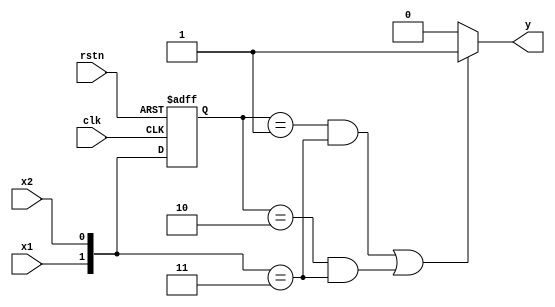
//-----------------------------------------------------------------------------
//
// Title       : FSM
// Design      : lab2
// Company     : catholic university
//
//-----------------------------------------------------------------------------
//
// Generated   : Mon Jun  6 16:58:43 2022
// From        : interface description file
// By          : Itf2Vhdl ver. 1.22
//
//-----------------------------------------------------------------------------
//
// Description : 
//
//-----------------------------------------------------------------------------
`timescale 1 ns / 1 ps

//{{ Section below this comment is automatically maintained
//   and may be overwritten
//{module {FSM}}
module FSM ( x1 ,x2 ,rstn ,clk ,y );

input x1 ;
wire x1 ;
input x2 ;
wire x2 ;
input rstn ;
wire rstn ;
input clk ;
wire clk ;
output y ;
wire y ;
reg [1:0] ps;
reg [1:0] ns;
//}} End of automatically maintained section

assign y = (((ps == 2'b01) && ({x1,x2} == 2'b11)) || ((ps == 2'b10) && ({x1,x2} == 2'b11)))? 1 : 0;

always@(posedge clk or negedge rstn) begin
	if(!rstn) begin
		ps <= 2'b00;
	end
	else begin
		ps <= ns;
	end
end	


always @(ps or x1 or x2) begin
	ns <= {x1,x2};
end

// -- Enter your statements here -- //

endmodule